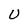
Character: U